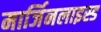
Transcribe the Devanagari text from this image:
मार्जिनलाइस्ड